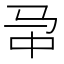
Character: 𱅁